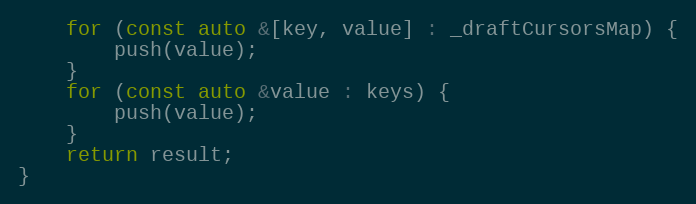
Language: C++
	for (const auto &[key, value] : _draftCursorsMap) {
		push(value);
	}
	for (const auto &value : keys) {
		push(value);
	}
	return result;
}